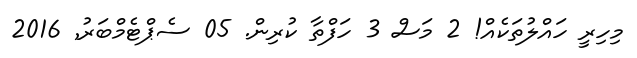
މިހިރީ ހައްލުތަކެއް! 2 މަސް 3 ހަފްތާ ކުރިން. 05 ސެޕްޓެމްބަރު